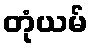
တုံယမ်